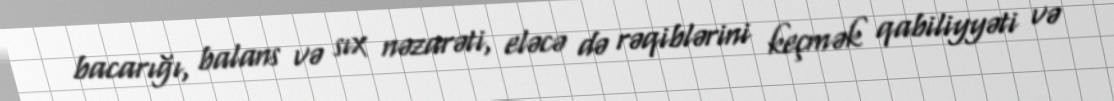
bacarığı, balans və sıx nəzarəti, eləcə də rəqiblərini keçmək qabiliyyəti və